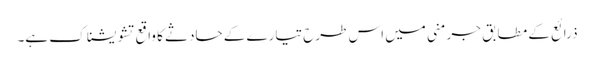
ذرائع کے مطابق جرمنی میں اس طرح تیارے کے حادثے کا واقع تشویشناک ہے۔